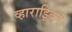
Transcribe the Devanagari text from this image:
व्हाराझ्दिन